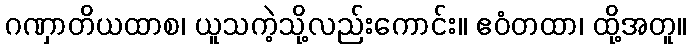
ဂဏှာတိယထာစ၊ ယူသကဲ့သို့လည်းကောင်း။ ဧဝံတထာ၊ ထို့အတူ။